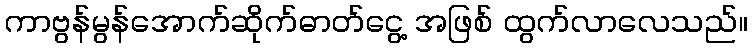
ကာဗွန်မွန်အောက်ဆိုက်ဓာတ်ငွေ့ အဖြစ် ထွက်လာလေသည်။